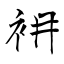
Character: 衻